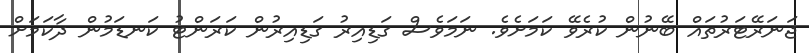
ޖަނަރޭޓަރުތައް ބޭނުން ކުރެވޭ ކަމަށެވެ. ނަމަވެސް ގަޑިއިރު ގަޑިއިރުން ކަރަންޓު ކަނޑަމުން ދާކަމަށް